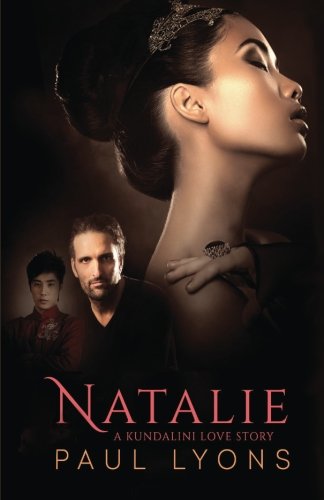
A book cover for Natalie: A Kundalini Love Story; Paul Lyons; Romance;